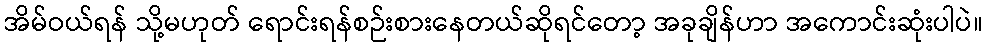
အိမ်ဝယ်ရန် သို့မဟုတ် ရောင်းရန်စဉ်းစားနေတယ်ဆိုရင်တော့ အခုချိန်ဟာ အကောင်းဆုံးပါပဲ။